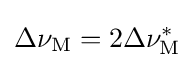
\Delta \nu _{\rm {M}}=2\Delta \nu _{\rm {M}}^{*}